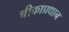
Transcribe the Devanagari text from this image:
चीकाप्रधान